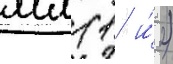
мм (1 и́ 2)